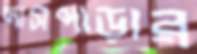
দাসপাড়ার